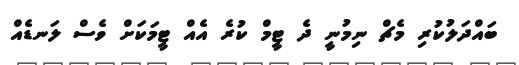
ބައްދަލުކުރި މެޗް ނިމުނީ ދެ ޓީމް ކުރެ އެއް ޓީމަކަށް ވެސް ލަނޑެއް